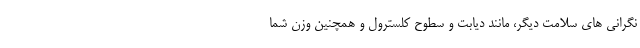
نگرانی های سلامت دیگر، مانند دیابت و سطوح کلسترول و همچنین وزن شما